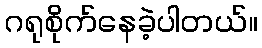
ဂရုစိုက်နေခဲ့ပါတယ်။